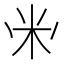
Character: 𱸳